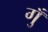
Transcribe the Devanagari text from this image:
गुँ